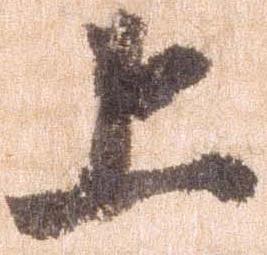
上